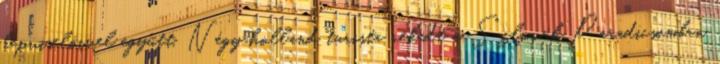
képviselőivel együtt. Négy holland turista rekedt a Szlovák Paradicsomban